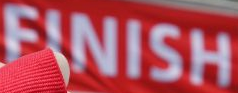
FINISH